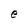
Character: e